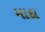
માદા